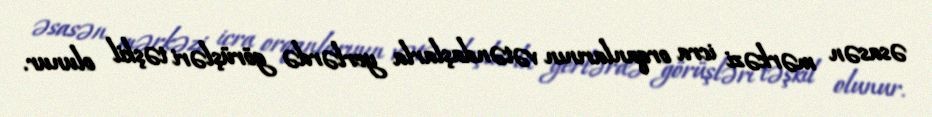
əsasən mərkəzi icra orqanlarının vətəndaşlarla yerlərdə görüşləri təşkil olunur.